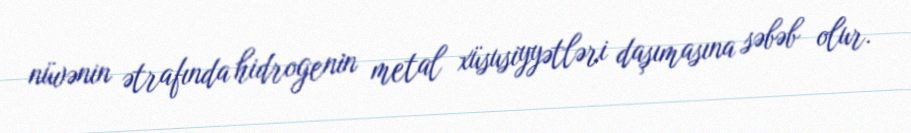
nüvənin ətrafında hidrogenin metal xüsusiyyətləri daşımasına səbəb olur.